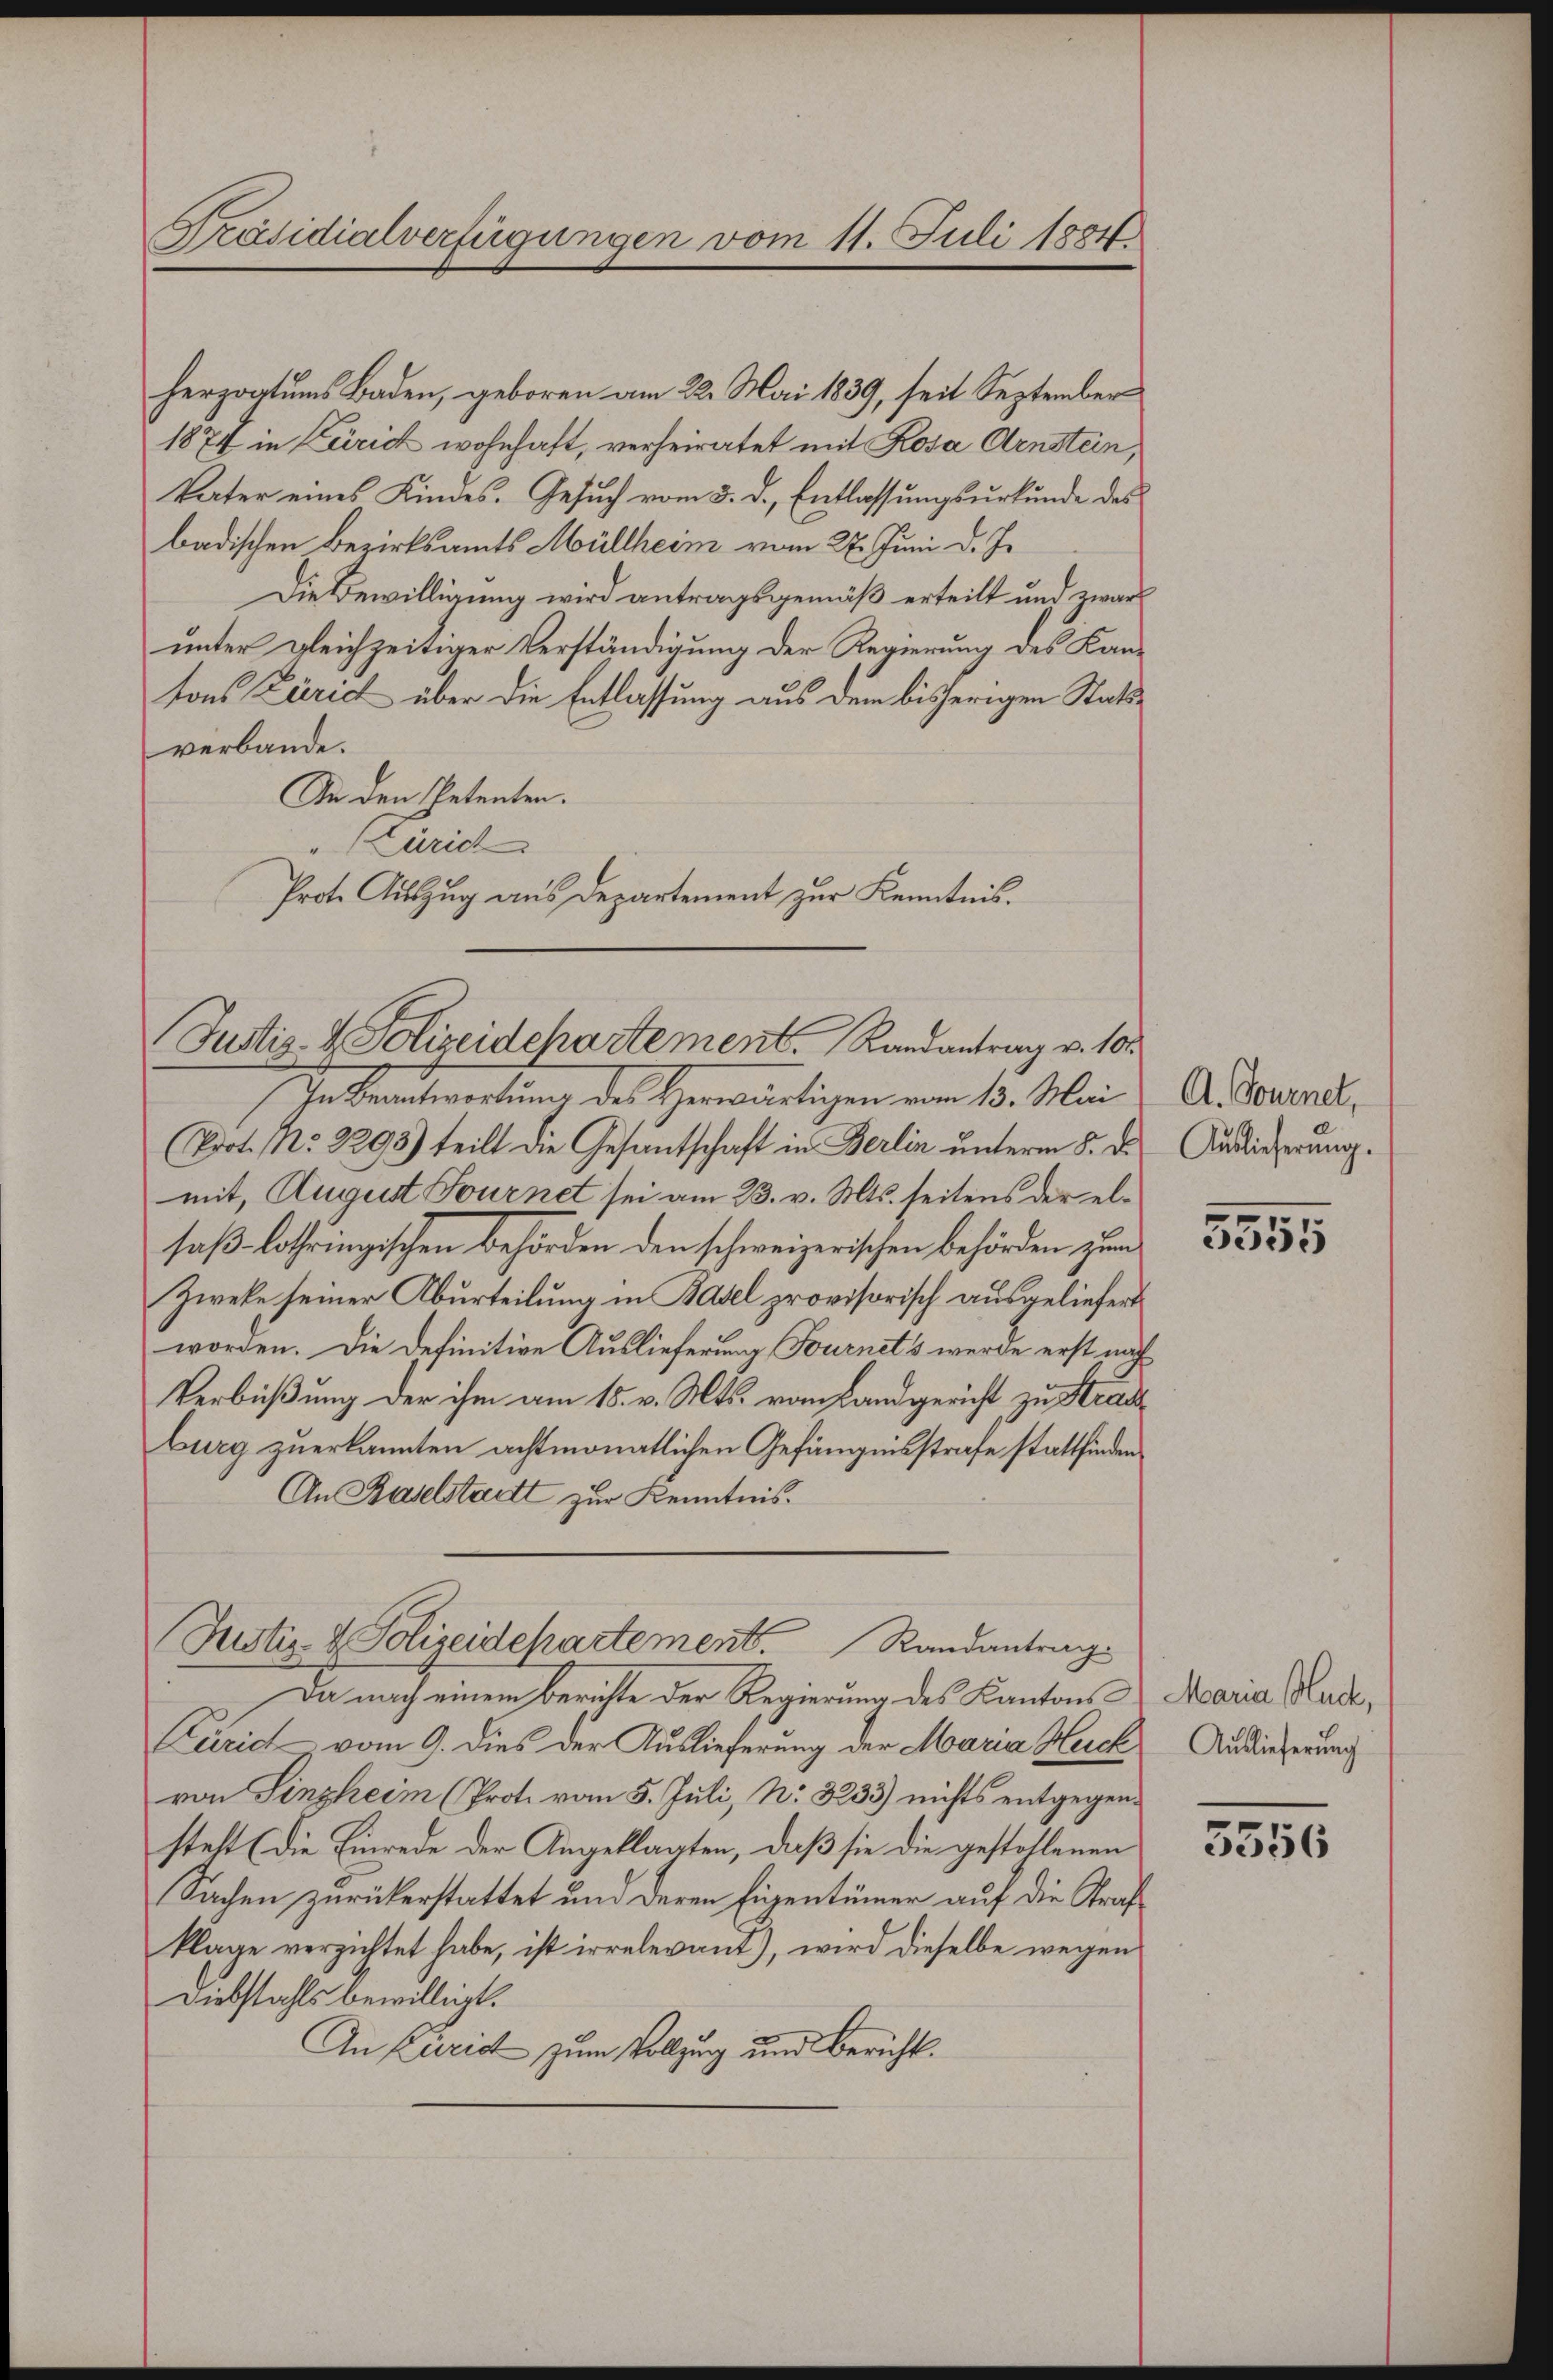
Präsidialverfügungen vom 11. Juli 1884.

herzogtums Baden, geboren am 22. Mai 1839, seit September
1877 in Leirich wohnhaft, verheiratet mit Rosa Arnstein,
Vater eines Kindes. Gesuch vom 5. d. Entlassungsurkunde des
badischen Bezirksamts Müllheim vom 27. Juni d. J.
Die Bewilligung wird antragsgemäß erteilt und zwar
unter gleichzeitiger Verständigung der Regierung des Kantons Zürich über die Entlassung aus dem bisherigen Stattverbande.
An den Petenten.
" Zürich
Prote Auszug aus Departement zur Kenntnis.

In Beantwortung des Herwärtigen vom 13. Mai
Prot. No. 2298) teilt die Gesantschaft in Berlin unterm 5. d.
mit, August Fournet sei am 23. v. Mts. seitens der elsaß lothringischen Behörden den schweizerischen Behörden zum
Zweke seiner Aburteilung in Basel provisorisch ausgeliefert
worden. Die Definitive Auslieferung Fournets werde erst nach
Verbüßung der ihm am 15. v. Mts. vom Landgericht zu Stra
burg zuerkannten achtmonatlichen Gefängnisstrafe stattfinden
An Baselstatt zur Kenntnis.
Da nach einem Berichte der Regierung des Kantons
Curich vom 9. dies der Auslieferung der Maria Herck
von Sinzheim (Prot. vom 5. Juli, Nr. 3233) nichts entgegensteht (die Einrede der Angeklagten, daß sie die gestollenen
Sachen zurückerstattet und deren Eigentümer auf die Straß
klage verzichtet habe, ist irrelevant), wird dieselbe wegen
Diebstahls bewilligt.
An Curic zum Vollzug und Bericht.

Justiz- & Polizeidepartement. Randantrag v. 102

Justiz- & Polizeidepartement. Randantrag

A. Tournet,
Auslieferung.

3355

Maria Huck,
Auslieferung

3356